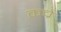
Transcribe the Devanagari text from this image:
कच्रे